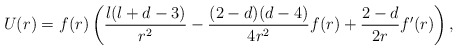
\begin{align*}U(r)=f(r)\left( \frac{l(l+d-3)}{r^{2}}-\frac{(2-d) (d-4)}{4 r^{2}}f(r) +\frac{2-d}{2 r} f'(r)\right),\end{align*}